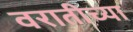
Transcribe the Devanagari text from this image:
वरातीच्या